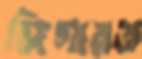
জিগারত